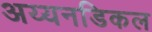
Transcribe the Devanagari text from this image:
अय्यनडिकल